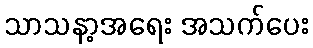
သာသနာ့အရေး အသက်ပေး